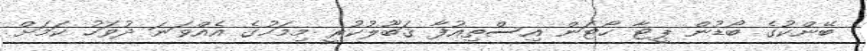
ބޭންކުގެ ބޯޑުން ޕީޓާ ހޯޓަން އިސްތިއުފާ ޤަބޫލުކުރީ މިމަހުގެ އެއްވަނަ ދުވަހު ކަމަށް